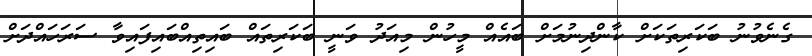
ގެނެވުނު ބަކަރިތަކަށް ކާންދިނުމަށް ބައެއް މީހުން މިއަދު ވަނީ ބަކަރިތައް ބައިތިއްބައިފައިވާ ސަރަހައްދަށް